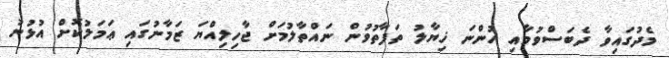
މެދުގައިވާ ދެބަސްވުމާއި ހުންނަ ޚިޔާލު ތަފާތުވުން ނައްތާލުމަށް ޖާހިލިއްޔަ ޒަމާނުގައި ޢަމަލުކޮށް އުޅުނު